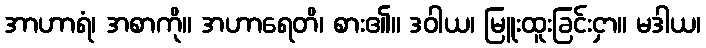
အာဟာရံ၊ အစာကို။ အဟာရေတိ၊ စား၏။ ဒဝါယ၊ မြူးထူးခြင်းငှာ။ မဒါယ၊